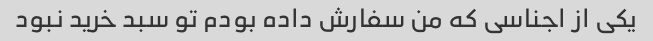
یکی از اجناسی که من سفارش داده بودم تو سبد خرید نبود